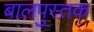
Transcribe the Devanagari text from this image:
बालपुस्तक